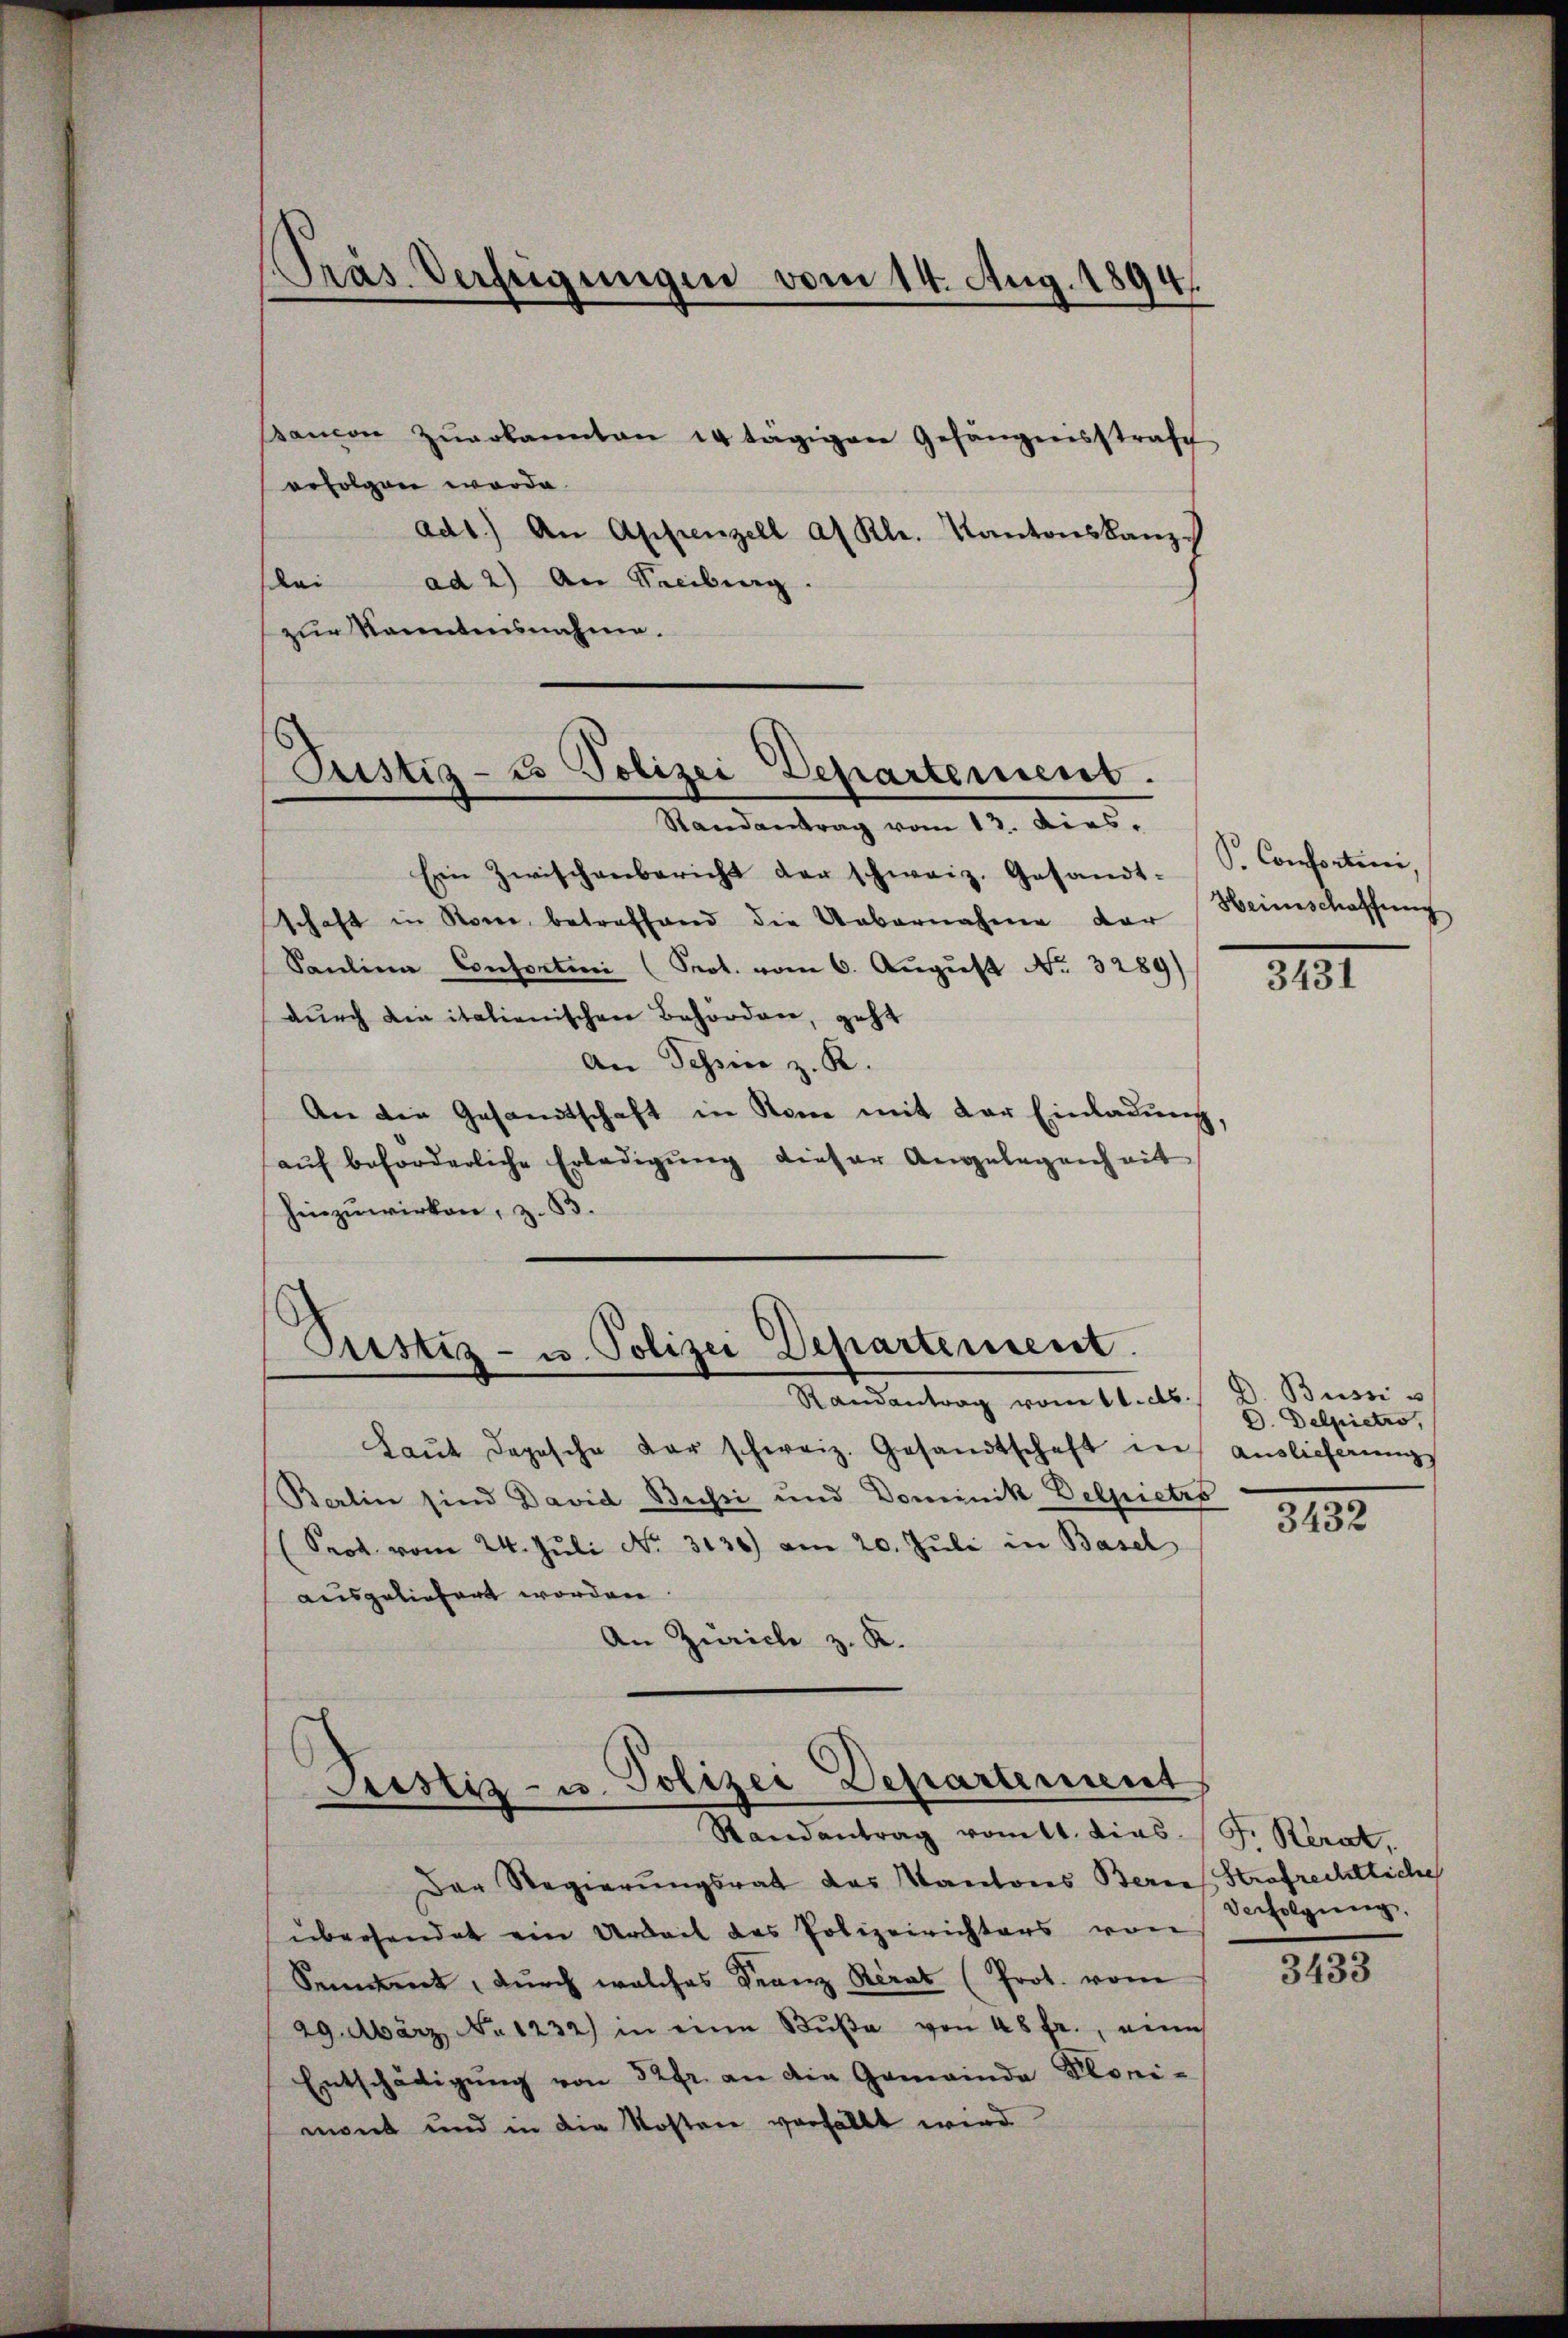
Pras Verfeigungen vom 14. Aug. 1894.

Panion zŭerkannten 14 tägigen Gefängensstrafe
erfolgen worde.
ad1.) An Appenzell al Kl. Kantonskanz
ploi ad 2) An Seebung.
zur Kanntensnahme.

Ein Zwischenbericht der schweiz. Gesandt-
schaft in Rome, betreffend die Uebernahme der Heimschaffŭng
Saŭlina Consortini (Prot. vom 6. August No. 3289)
durch die italienischen Behörden, geht
An Tessin z. R.
An die Gesandtschaft in Rome mit der Einladung,
aŭf beforderliche Erledigŭng dieser Angelegenheit
hinzuwirken, z. B.
Randantrag vom 11. ds. / D. Bussi u
Laŭt dopische der schweiz. Gesandtschaft in Auslieferŭngs
Berlin sind David Bussi und Dominik Delpietro
(Prot. vom 24. Jŭli No. 3130) am 20. Jŭli in Basel
ausgeliefert worden
An Zürich z. K.
Justiz- u. Polizei Departement
Randantrag vom 11. dies. (T. Rérat,
Der Regierungsrat des Kantons Zürich Strafrechtliche
übersendet ein Arbeit des Polizeirichters von
Sement, durch welches Franz Berat (Prot. vom
29. März No 1232) in eine Bŭβe von 48 fr., eine
Entschädigŭng von 32 fr. an die Gemeinda Ploni-
mont und in die Kosten verfällt wird

Justiz- & Polizei Departement.
Randantrag vom 12. dies.

Pustiz- u. Polizei Departement.

S. Confertini,

3431

D. Delpietro,

3432

Verfolgung,

3433